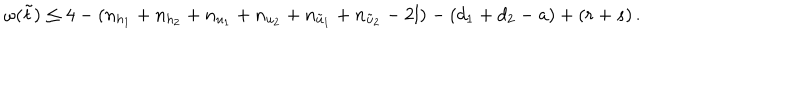
\omega ( \tilde { t } ) \le 4 - ( n _ { h _ { 1 } } + n _ { h _ { 2 } } + n _ { u _ { 1 } } + n _ { u _ { 2 } } + n _ { \tilde { u } _ { 1 } } + n _ { \tilde { u } _ { 2 } } - 2 l ) - ( d _ { 1 } + d _ { 2 } - a ) + ( r + s ) \, .